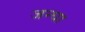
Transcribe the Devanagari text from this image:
जन्घा